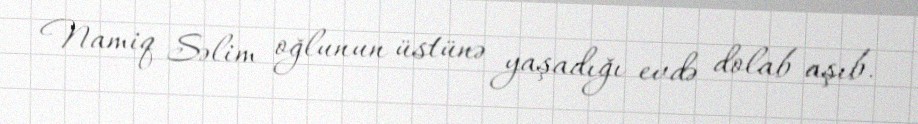
Namiq Səlim oğlunun üstünə yaşadığı evdə dolab aşıb.